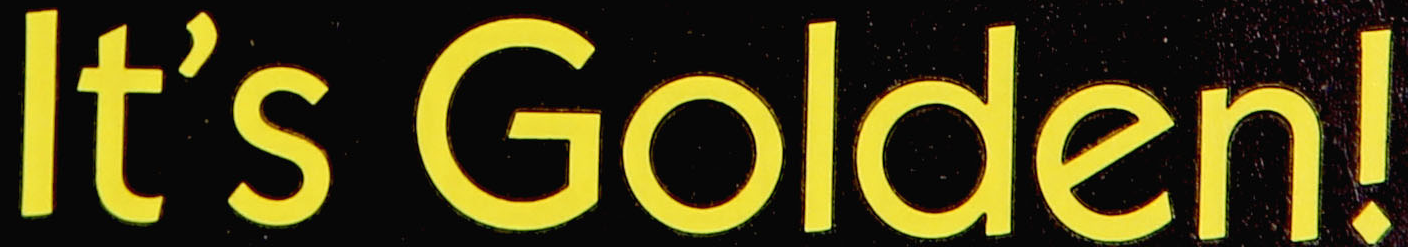
It's Golden!